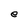
Character: e